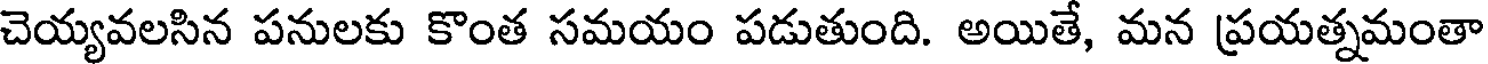
చెయ్యవలసిన పనులకు కొంత సమయం పడుతుంది. అయితే, మన ప్రయత్నమంతా